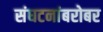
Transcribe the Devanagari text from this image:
संघटनांबरोबर